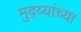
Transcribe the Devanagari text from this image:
मुद्य्यांच्या